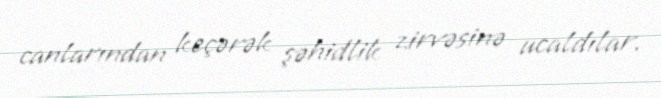
canlarından keçərək şəhidlik zirvəsinə ucaldılar.